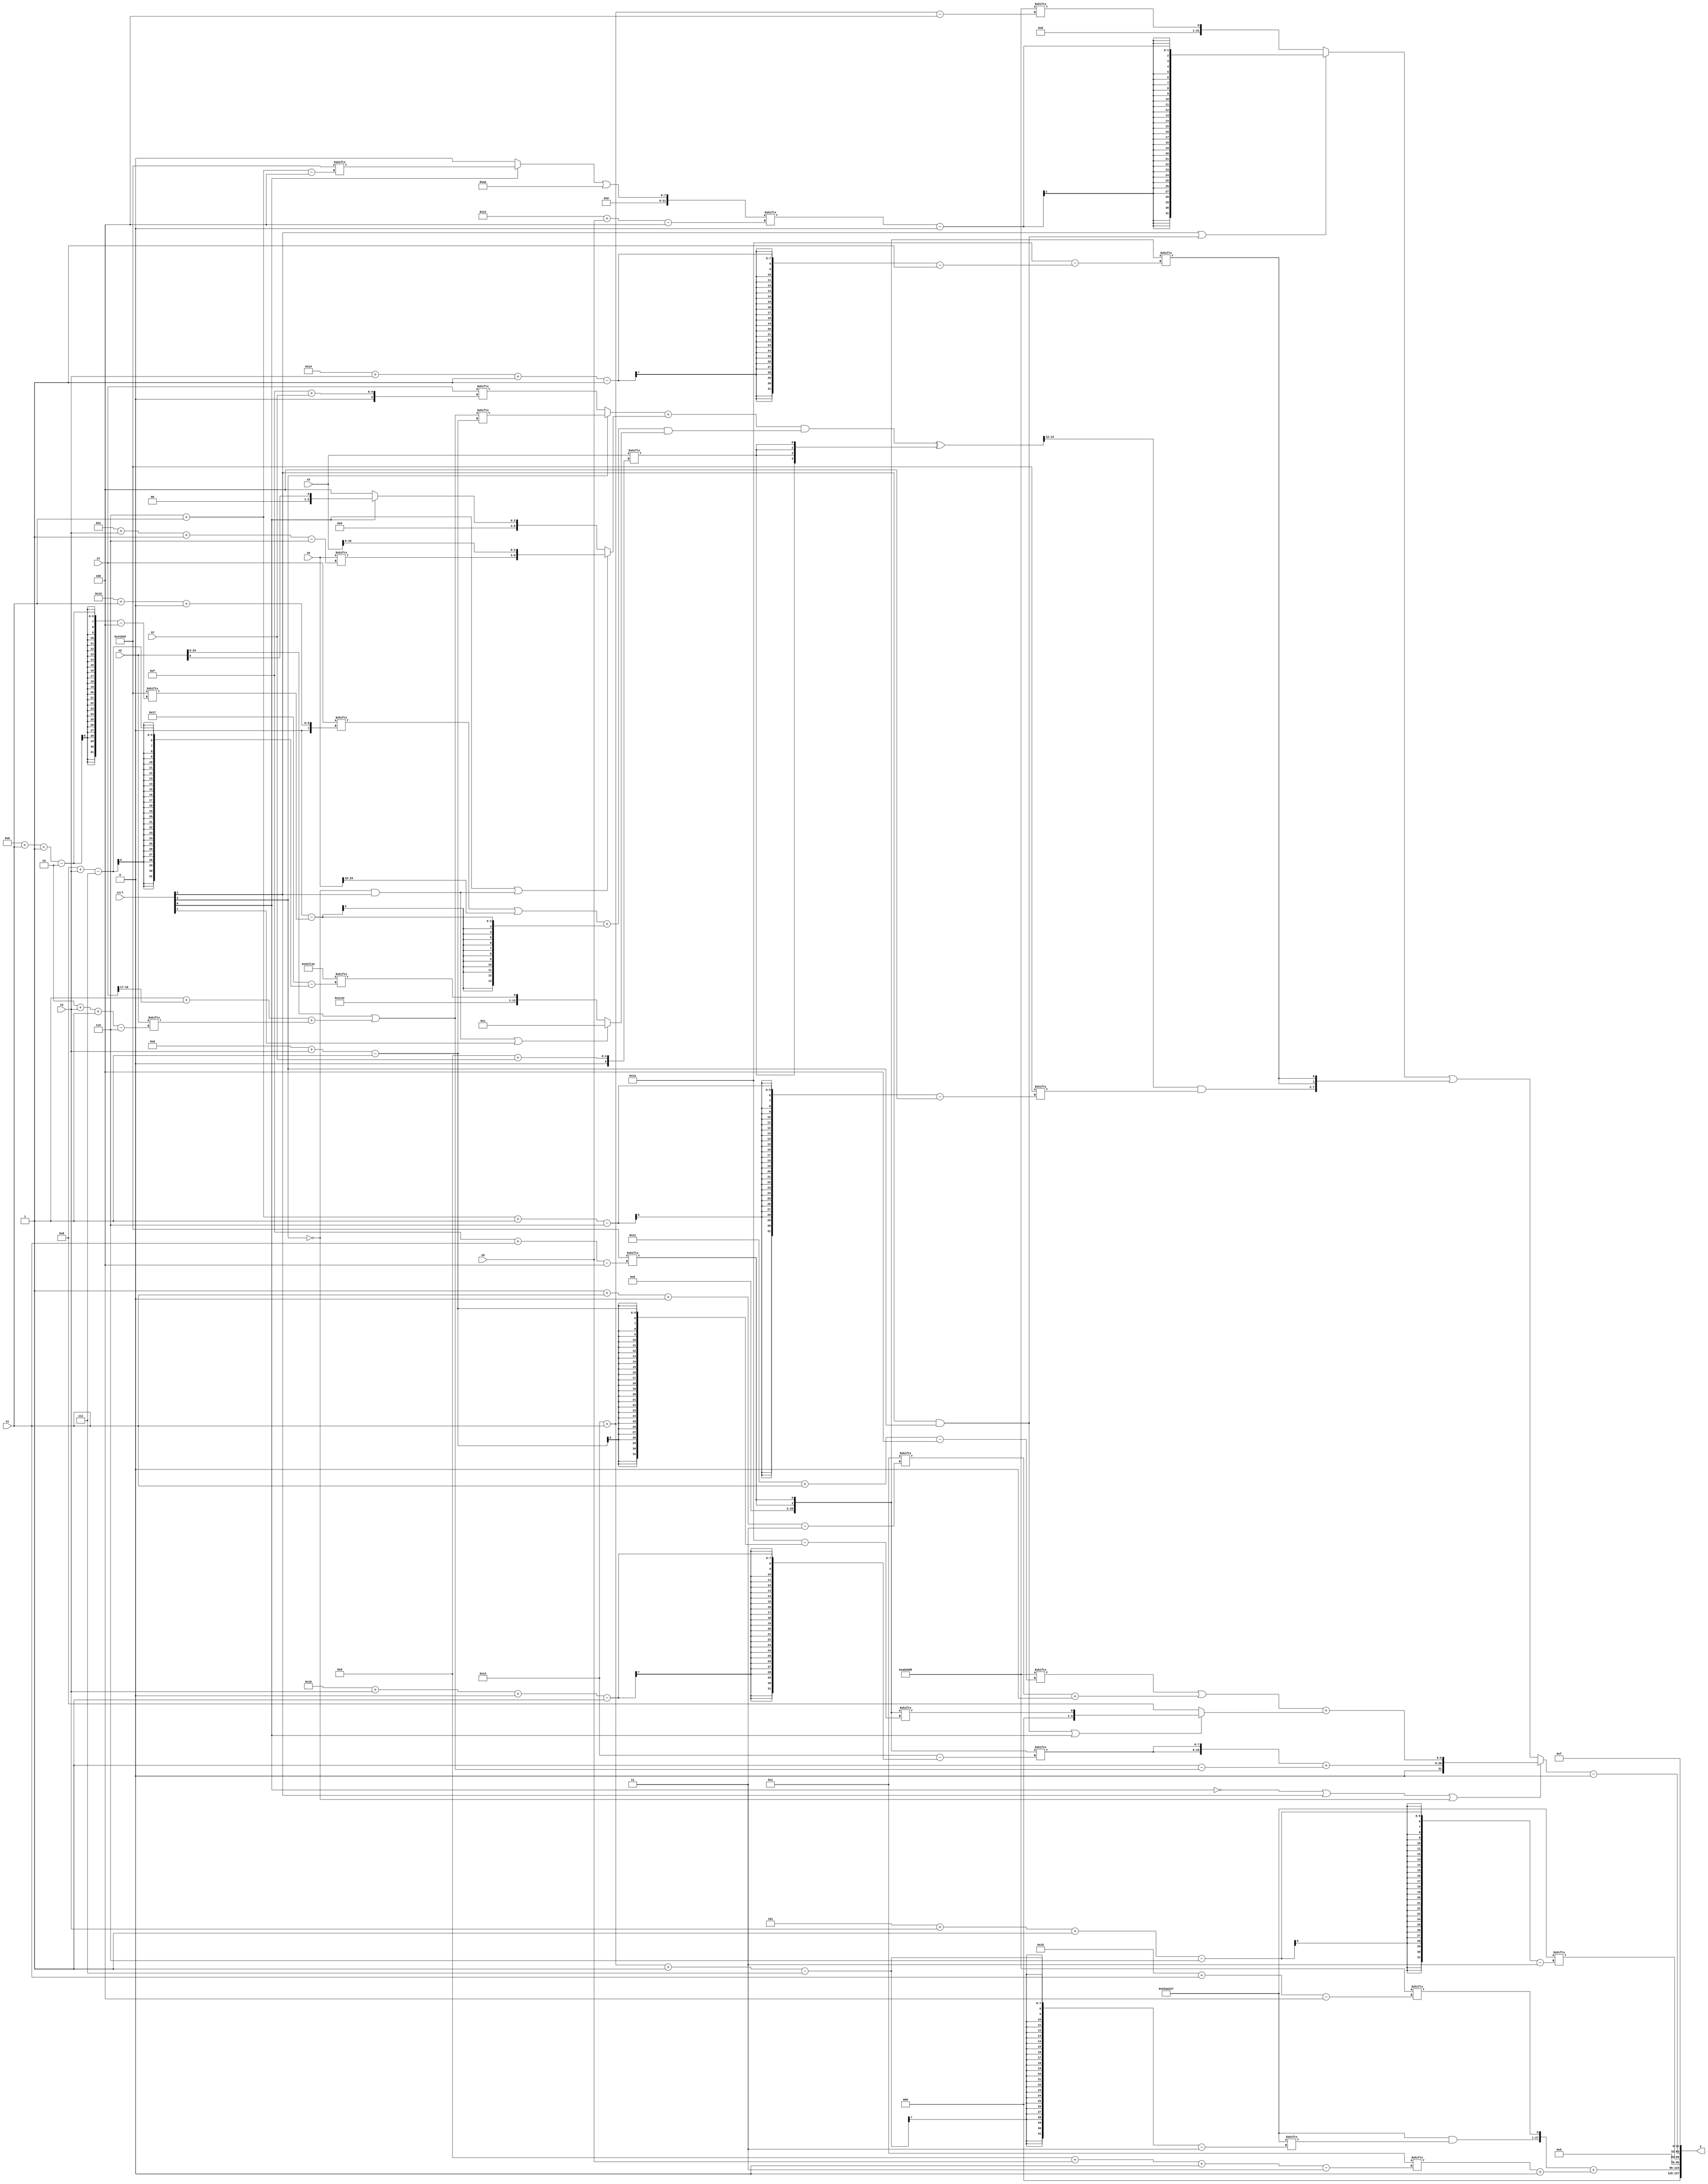
module partsel_00650(ctrl, s0, s1, s2, s3, x0, x1, x2, x3, y);
  input [3:0] ctrl;
  input [2:0] s0;
  input [2:0] s1;
  input [2:0] s2;
  input [2:0] s3;
  input signed [31:0] x0;
  input [31:0] x1;
  input signed [31:0] x2;
  input [31:0] x3;
  wire signed [25:1] x4;
  wire [28:2] x5;
  wire signed [5:25] x6;
  wire [28:1] x7;
  wire signed [4:30] x8;
  wire signed [6:26] x9;
  wire [1:27] x10;
  wire [26:2] x11;
  wire signed [28:3] x12;
  wire [7:25] x13;
  wire [1:27] x14;
  wire [25:4] x15;
  output [127:0] y;
  wire [31:0] y0;
  wire signed [31:0] y1;
  wire signed [31:0] y2;
  wire [31:0] y3;
  assign y = {y0,y1,y2,y3};
  localparam signed [30:4] p0 = 279652821;
  localparam signed [7:30] p1 = 345111612;
  localparam signed [29:3] p2 = 355115559;
  localparam signed [31:4] p3 = 268703977;
  assign x4 = (x2 | ((p2[12 +: 4] + x1[17 +: 2]) + x2[2 + s3 -: 6]));
  assign x5 = ((((!ctrl[2] && ctrl[2] || !ctrl[3] ? x1[15 + s2] : x4[9 + s3]) + (ctrl[0] || !ctrl[3] && ctrl[2] ? {x0[14 + s3 -: 6], x3[8 +: 3]} : (!ctrl[0] || !ctrl[1] && ctrl[1] ? p1[9 +: 4] : x2[9 +: 1]))) & (((x1[29 + s1 +: 7] | x0[23 -: 2]) + (p2[23] - p3[11 + s1 -: 2])) & (ctrl[2] && !ctrl[3] || ctrl[1] ? p1[12 +: 3] : {p1, p1[8 + s3]}))) ^ {2{{2{x3[13 + s2]}}}});
  assign x6 = ({2{{2{{2{(x4[12 -: 1] & x3[21])}}}}}} - (x0[29 + s1 +: 8] | (!ctrl[1] || !ctrl[3] || ctrl[2] ? p2[10 + s2] : x0)));
  assign x7 = p1[23];
  assign x8 = (((p2[19 -: 2] | x7[18 + s0 +: 4]) + x5[7 + s0]) + ((!ctrl[3] && !ctrl[1] && ctrl[1] ? ((x7[8 +: 2] & x0[14 + s0 +: 5]) - p3) : ((ctrl[2] || !ctrl[0] && ctrl[0] ? p2[22 -: 3] : x4[1 + s0 -: 6]) - (p3[9 + s2] & (x4[9 + s2 +: 4] - x1)))) & (((x0[22 + s3 +: 2] + x0[25 + s3 +: 1]) + x0[17 +: 3]) | {{2{x5[20 -: 2]}}, (ctrl[2] || !ctrl[2] || !ctrl[0] ? p2[17 + s1 +: 1] : p3[16 -: 1])})));
  assign x9 = x0[8 + s1];
  assign x10 = (ctrl[2] || ctrl[3] && ctrl[1] ? (({(((x5[29 + s0 -: 3] | x5[15 +: 2]) + x6) - p1), {2{x2[17 + s2 +: 1]}}} & p0[13 +: 1]) + (p2[10 +: 2] - (x0 + {2{x6[18 -: 1]}}))) : x1[30 + s3 -: 5]);
  assign x11 = p2[1 + s1 -: 7];
  assign x12 = p0[20];
  assign x13 = ({(!ctrl[2] && !ctrl[0] && ctrl[2] ? ((!ctrl[3] || ctrl[2] && ctrl[0] ? p3[15 + s1 +: 2] : p0[18 -: 4]) + (p2 + p3[12 + s2 +: 7])) : ({2{x4[4 + s3]}} - x2[7 + s0 +: 5])), {{p1[30 + s1 +: 1], p3[9]}, {(!ctrl[1] || ctrl[2] || ctrl[0] ? p3[14] : p1), (!ctrl[1] || !ctrl[1] && ctrl[0] ? p0[23] : p3[22 -: 4])}}} ^ (!ctrl[0] || !ctrl[1] && ctrl[1] ? {{2{(ctrl[3] || ctrl[2] || ctrl[1] ? p0[17 +: 1] : x7[6 + s2])}}, p3[18 -: 2]} : (!ctrl[0] && ctrl[1] || !ctrl[1] ? {2{(x8[18 + s3] - x2[15 + s2 -: 6])}} : ({2{(p2[11] - p0)}} - (p2[8] - p0[1 + s1 -: 2])))));
  assign x14 = {2{p3[15 + s1]}};
  assign x15 = ((!ctrl[0] || !ctrl[1] && ctrl[1] ? ((p0[19 +: 1] & p2) ^ p2[13 +: 1]) : p3[6 + s1]) | {2{p2[19 +: 4]}});
  assign y0 = ({(p2 & p2[19 + s1 -: 7]), p0[16 + s1]} + (x12[13 + s0 +: 2] + x11[15]));
  assign y1 = (!ctrl[1] && ctrl[1] && !ctrl[1] ? p2[12 + s1] : p2[5 + s3 -: 6]);
  assign y2 = ((!ctrl[0] || ctrl[2] || !ctrl[3] ? {({2{x14[22 + s3 +: 8]}} + (p3[17 -: 2] - x4)), ((p0[17 + s1] | (x12[1 + s1 +: 6] + x14[8 +: 2])) + (ctrl[2] && ctrl[3] || ctrl[0] ? x14[9 + s3] : p3[15 -: 4]))} : ((ctrl[2] || ctrl[2] && ctrl[3] ? (x15[18 + s0] - x9[23]) : p0[19 + s1]) | {(x5[15 -: 2] & p3[6 + s1 -: 6]), {2{x14[20 + s3 -: 1]}}})) - p1[8]);
  assign y3 = p1[17 +: 4];
endmodule